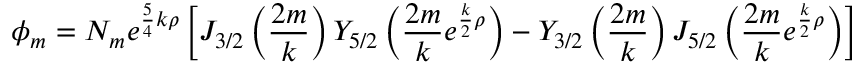
\phi _ { m } = N _ { m } e ^ { { \frac { 5 } { 4 } } k \rho } \left[ J _ { 3 / 2 } \left( { \frac { 2 m } { k } } \right) Y _ { 5 / 2 } \left( { \frac { 2 m } { k } } e ^ { { \frac { k } { 2 } } \rho } \right) - Y _ { 3 / 2 } \left( { \frac { 2 m } { k } } \right) J _ { 5 / 2 } \left( { \frac { 2 m } { k } } e ^ { { \frac { k } { 2 } } \rho } \right) \right]